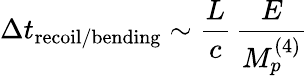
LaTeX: \Delta t_{\mathrm{recoil/bending}}\sim\frac{L}{c}\, \frac{E}{M_{p}^{(4)}}